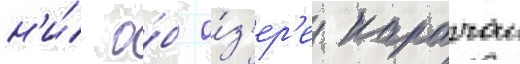
н'и́ о́б о́з'ер'е карачаи